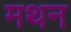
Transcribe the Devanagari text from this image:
मथन